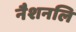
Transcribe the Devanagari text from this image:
नैशनलि